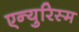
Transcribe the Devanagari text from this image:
एन्युरिस्म